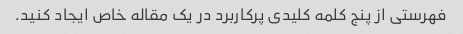
فهرستی از پنج کلمه کلیدی پرکاربرد در یک مقاله خاص ایجاد کنید.